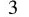
3